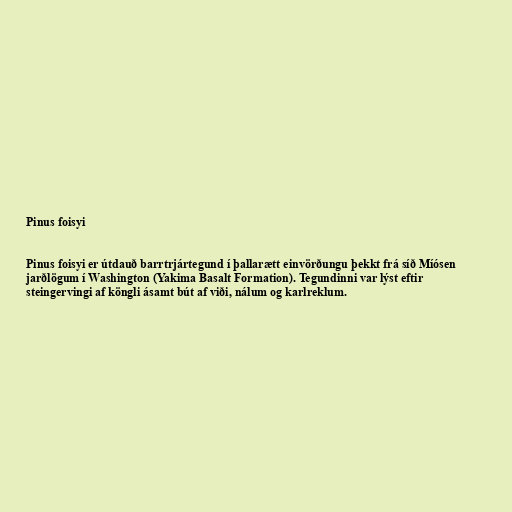
Pinus foisyi

Pinus foisyi er útdauð barrtrjártegund í þallarætt einvörðungu þekkt frá síð Míósen
jarðlögum í Washington (Yakima Basalt Formation). Tegundinni var lýst eftir
steingervingi af köngli ásamt bút af viði, nálum og karlreklum.